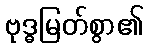
ဗုဒ္ဓမြတ်စွာ၏